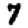
Digit: 7